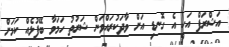
އަޝްރަފް އަކީ އެ ގޮނޑި އަށް ވާދަކުރައްވަން ޝަރުތު ހަމަވާ ބޭފުޅެއް ކަމަށް